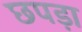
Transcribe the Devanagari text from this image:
छपड़ा